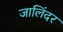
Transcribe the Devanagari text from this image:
जालिंदर